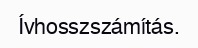
Ívhosszszámítás.